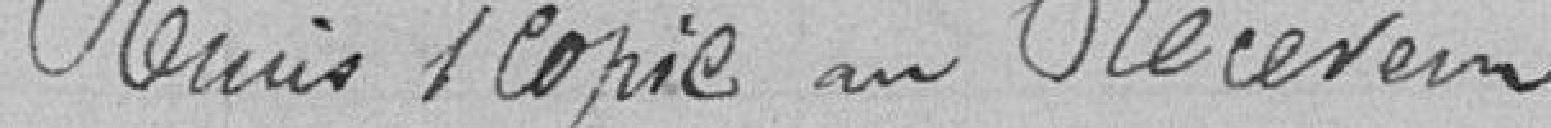
Remis/ copie au Receveur